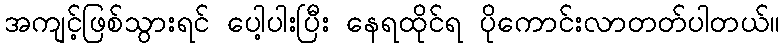
အကျင့်ဖြစ်သွားရင် ပေါ့ပါးပြီး နေရထိုင်ရ ပိုကောင်းလာတတ်ပါတယ်။